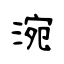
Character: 涴